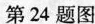
第24题图